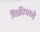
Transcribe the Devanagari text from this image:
विक्रीमध्ये